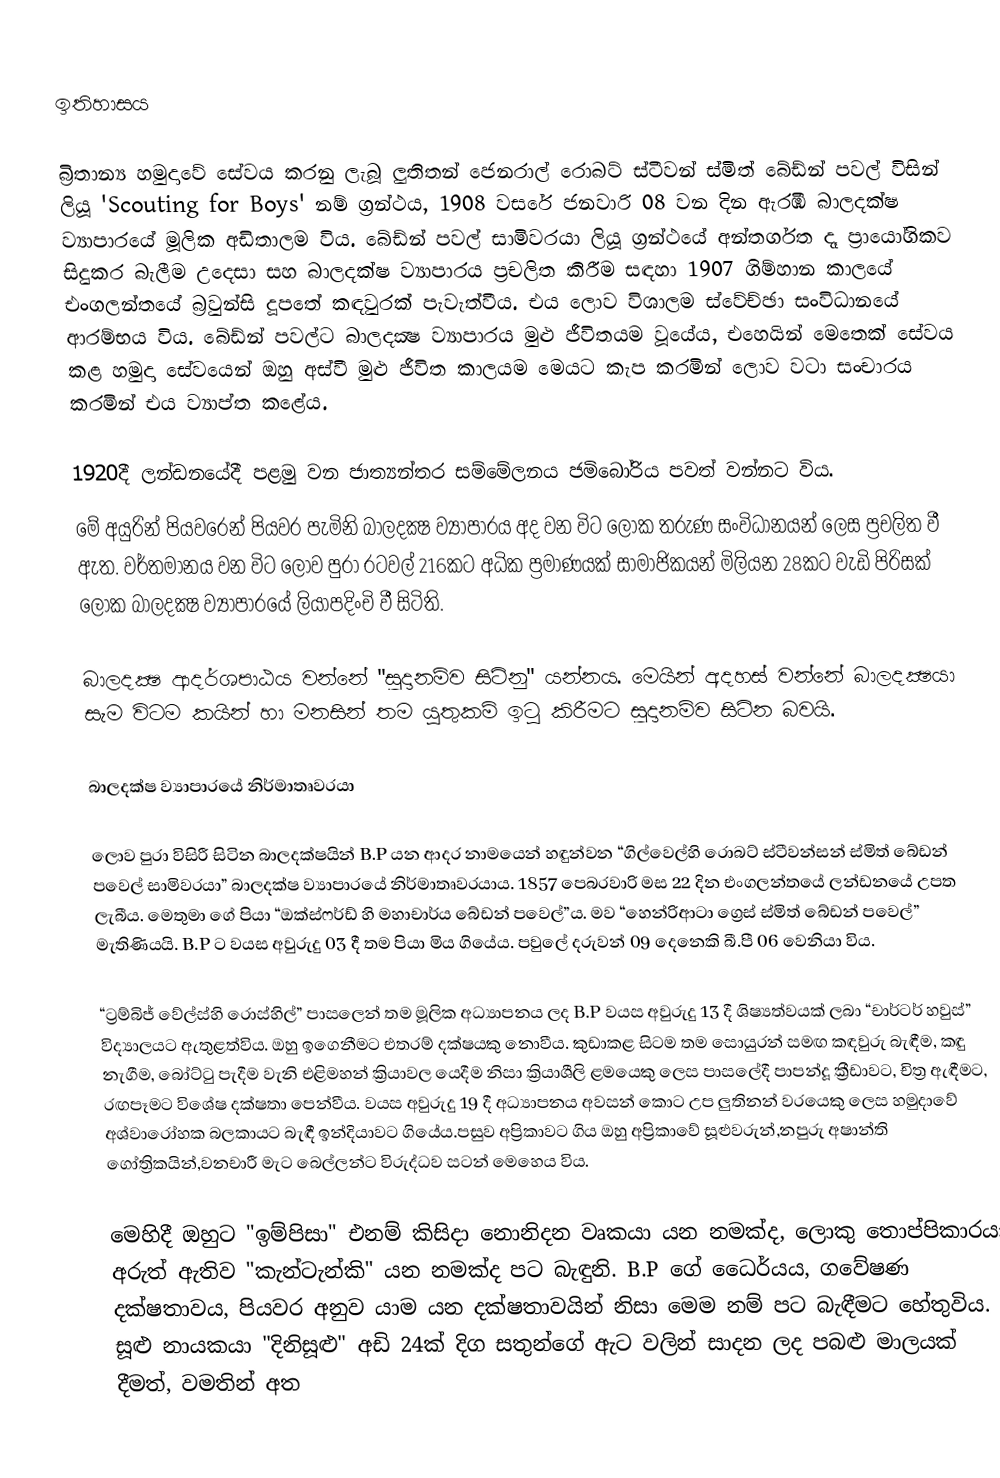

ඉතිහාසය

බ්‍රිතාන්‍ය හමුදාවේ සේවය කරනු ලැබූ ලුතිතන් ජෙනරාල් රොබට් ස්ටීවන් ස්මිත් බේඩ්න් පවල් විසින් ලියූ 'Scouting for Boys' නම් ග්‍රන්ථය, 1908 වසරේ ජනවාරි 08 වන දින ඇරඹි බාලදක්ෂ ව්‍යාපාරයේ මූලික අඩිතාලම විය. බේඩ්න් පවල් සාමිවරයා ලියූ ග්‍රන්ථයේ අන්තර්ගත දෑ ප්‍රායෝගිකව සිදුකර බැලීම උදෙසා සහ බාලදක්ෂ ව්‍යාපාරය ප්‍රචලිත කිරීම සඳහා 1907 ගිම්හාන කාලයේ එංගලන්තයේ බ්‍රවුන්සි දූපතේ කඳවුරක් පැවැත්වීය. එය ලොව විශාලම ස්වේච්ඡා සංවිධානයේ ආරම්භය විය. බේඩ්න් පවල්ට බාලදක්‍ෂ ව්‍යාපාරය මුළු ජීවිතයම වූයේය, එහෙයින් මෙතෙක් සේවය කළ හමුදා සේවයෙන් ඔහු අස්වී මුළු ජීවිත කාලයම මෙයට කැප කරමින් ලොව වටා සංචාරය කරමින් එය ව්‍යාප්ත කළේය.

1920දී ලන්ඩනයේදී පළමු වන ජාත්‍යන්තර සම්මේලනය ජමිබෝරිය පවත් වන්නට විය.
මේ අයුරින් පියවරෙන් පියවර පැමිනි බාලදක්‍ෂ ව්‍යාපාරය අද වන විට ලෝක තරුණ සංවිධානයන් ලෙස ප්‍රචලිත වී ඇත. වර්තමානය වන විට ලොව පුරා රටවල් 216කට  අධික ප්‍රමාණයක් සාමාජිකයන් මිලියන 28කට වැඩි පිරිසක් ලෝක බාලදක්‍ෂ ව්‍යාපාරයේ ලියාපදිංචි වී සිටිති.

බාලදක්‍ෂ ආදර්ශපාඨය වන්නේ  "සූදානම්ව සිටිනු" යන්නය. මෙයින් අදහස් වන්නේ  බාලදක්‍ෂයා සැම විටම කයින් හා මනසින්  තම යුතුකම් ඉටු කිරීමට සූදානම්ව සිටින බවයි.

බාලදක්ෂ ව්‍යාපාරයේ නිර්මාතෘවරයා

ලොව පුරා විසිරී සිටින බාලදක්ෂයින් B.P යන ආදර නාමයෙන් හඳුන්වන “ගිල්වෙල්හි රොබට් ස්ටීවන්සන් ස්මිත් බේඩන් පවෙල් සාමිවරයා” බාලදක්ෂ ව්‍යාපාරයේ නිර්මාතෘවරයාය. 1857 පෙබරවාරි මස 22 දින එංගලන්තයේ ලන්ඩනයේ උපත ලැබීය. මෙතුමා ගේ පියා “ඔක්ස්ෆර්ඩ් හි මහාචාර්ය බේඩන් පවෙල්”ය. මව “හෙන්රිආටා ග්‍රෙස් ස්මිත්  බේඩන් පවෙල්” මැතිණියයි. B.P ට වයස අවුරුදු 03 දී තම පියා මිය ගියේය. පවුලේ දරුවන් 09 දෙනෙකි බී.පී 06 වෙනියා විය.

“ට්‍රම්බිජ් වේල්ස්හි රොස්හිල්” පාසලෙන් තම මූලික අධ්‍යාපනය ලද B.P  වයස අවුරුදු 13 දී ශිෂ්‍යත්වයක් ලබා “චාර්ටර් හවුස්” විද්‍යාලයට ඇතුළත්විය. ඔහු ඉගෙනීමට එතරම් දක්ෂයකු නොවීය. කුඩාකළ සිටම තම සොයුරන් සමඟ කඳවුරු බැඳීම, කඳු නැගීම, බෝට්ටු පැදීම වැනි එළිමහන් ක්‍රියාවල යෙදීම නිසා ක්‍රියාශීලි ළමයෙකු ලෙස පාසලේදී පාපන්දූ ක්‍රීඩාවට, චිත්‍ර ඇඳීමට, රඟපෑමට විශේෂ දක්ෂතා පෙන්වීය. වයස අවුරුදු 19 දී අධ්‍යාපනය අවසන් කොට උප ලුතිනන් වරයෙකු ලෙස හමුදාවේ අශ්වාරෝහක බලකායට බැඳී ඉන්දියාවට ගියේය.පසුව අප්‍රිකාවට ගිය ඔහු අප්‍රිකාවේ සූළුවරුන්,නපුරු අෂාන්ති ගෝත්‍රිකයින්,වනචාරී මැට බෙල්ලන්ට විරුද්ධව සටන් මෙහෙය විය.

මෙහිදී ඔහුට "ඉම්පිසා" එනම් කිසිදා නොනිදන වෘකයා යන නමක්ද, ලොකු තොප්පිකාරයා අරුත් ඇතිව "කැන්ටැන්කි" යන නමක්ද පට බැඳුනි. B.P ගේ ධෛර්යය, ගවේෂණ දක්ෂතාවය, පියවර අනුව යාම යන දක්ෂතාවයින් නිසා මෙම නම් පට බැඳීමට හේතුවිය. සූළු නායකයා "දිනිසූළු" අඩි 24ක් දිග සතුන්ගේ ඇට වලින් සාදන ලද පබළු මාලයක් දීමත්, වමතින් අත